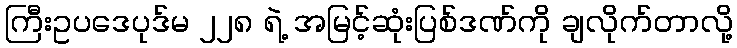
ကြီးဥပဒေပုဒ်မ ၂၂၈ ရဲ့ အမြင့်ဆုံးပြစ်ဒဏ်ကို ချလိုက်တာလို့